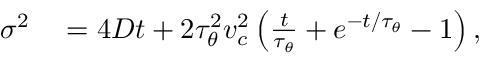
\begin{array} { r l } { \sigma ^ { 2 } } & { { } = 4 D t + 2 \tau _ { \theta } ^ { 2 } v _ { c } ^ { 2 } \left( \frac { t } { \tau _ { \theta } } + e ^ { - t / \tau _ { \theta } } - 1 \right) , } \end{array}